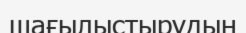
шағылыстырудың